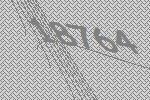
18764